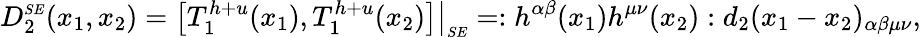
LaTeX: D_{2}^{\scriptscriptstyle SE}(x_{1},x_{2})=\bigl[T_{1}^{h+u}(x_{1}),T_{1}^{h+u}(x_{2})\bigr]\bigr|_{\scriptscriptstyle SE}=:h^{\alpha\beta}(x_{1})h^{\mu\nu}(x_{2}):d_{2}(x_{1}-x_{2})_{\alpha\beta\mu\nu},